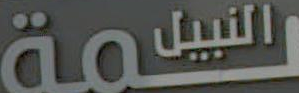
النييلمة